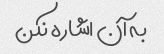
به آن اشاره نکن